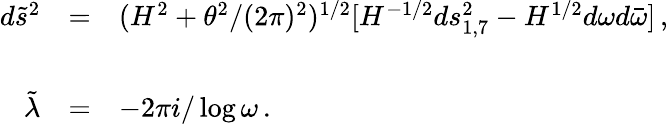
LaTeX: \begin{array}{rcl}{{d{\tilde{s}}^{2}}}&{{=}}&{{(H^{2}+\theta^{2}/(2\pi)^{2})^{1/2}[H^{-1/2}ds_{1,7}^{2}-H^{1/2}d\omega d{\bar{\omega}}]\, ,}}\\ {{}}&{{}}&{{}}\\ {{{\tilde{\lambda}}}}&{{=}}&{{-2\pi i/\log{\omega}\, .}}\end{array}